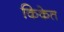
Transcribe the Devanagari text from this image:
किकेत